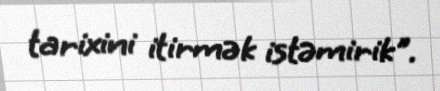
tarixini itirmək istəmirik".